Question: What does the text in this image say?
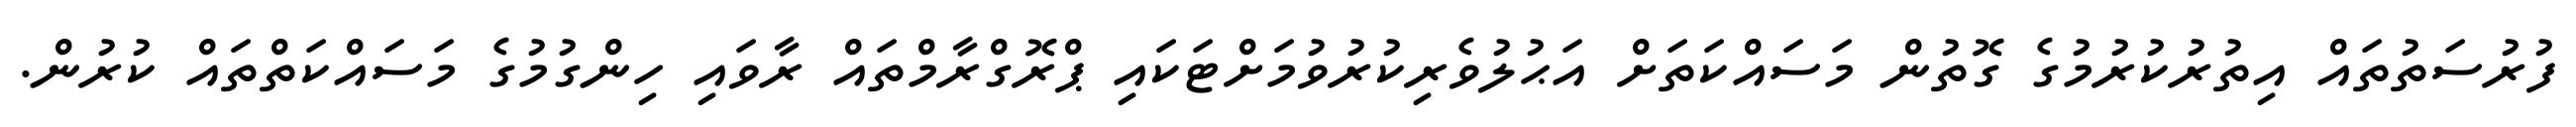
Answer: ފުރުސަތުތައް އިތުރުކުރުމުގެ ގޮތުން މަސައްކަތަށް އަޙުލުވެރިކުރުވުމަށްޓަކައި ޕްރޮގްރާމްތައް ރާވައި ހިންގުމުގެ މަސައްކަތްތައް ކުރުން.